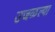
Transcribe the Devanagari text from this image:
उजळल्या